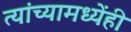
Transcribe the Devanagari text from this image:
त्यांच्यामध्येंही